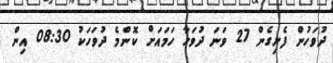
ދުވަހުން ފެށިގެން 27 ވަނަ ދުވަހާ ހަމައަށް ކޮންމެ ދުވަހަކު 08:30 އިން